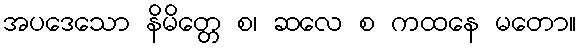
အပဒေသော နိမိတ္တေ စ၊ ဆလေ စ ကထနေ မတော။